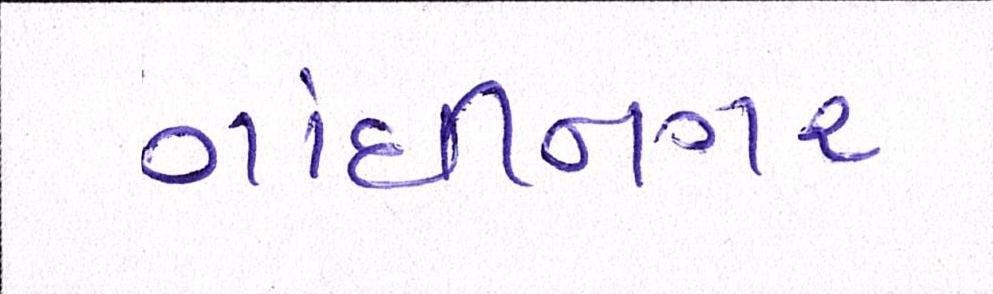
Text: ગાંધીનગર